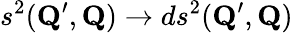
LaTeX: s^{2}(\mathbf{Q}^{\prime},\mathbf{Q})\to ds^{2}(\mathbf{Q}^{\prime},\mathbf{Q})